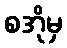
စအိုမှ